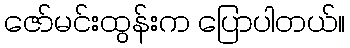
ဇော်မင်းထွန်းက ပြောပါတယ်။